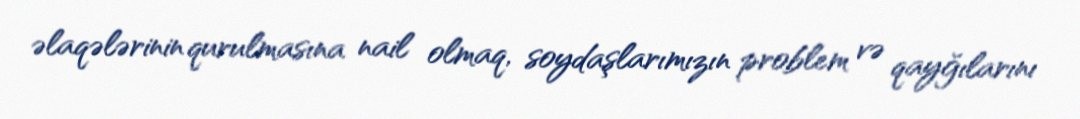
əlaqələrinin qurulmasına nail olmaq, soydaşlarımızın problem və qayğılarını